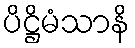
ပိဋ္ဌိမံသာနိ